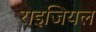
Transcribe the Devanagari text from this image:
राइजियल